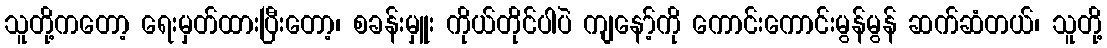
သူတို့ကတော့ ရေးမှတ်ထားပြီးတော့၊ စခန်းမှူး ကိုယ်တိုင်ပါပဲ ကျနော့်ကို ကောင်းကောင်းမွန်မွန် ဆက်ဆံတယ်၊ သူတို့